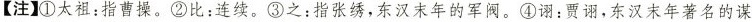
【注】^{①}太祖：指曹操。^{②}比：连续。^{③}之：指张绣，东汉末年的军阀。^{④}诩：贾诩，东汉末年著名的谋